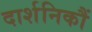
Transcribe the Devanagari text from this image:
दार्शनिकौं